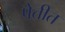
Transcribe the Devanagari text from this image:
पेतीत